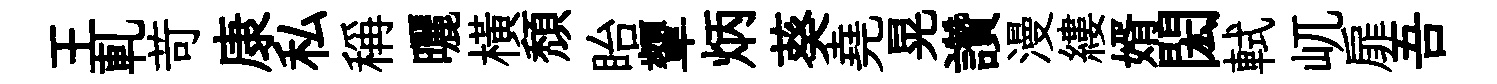
王軋苛康私稱曬橫頽眙顰炳葵堯晃讚漫縷婿閎軾屼扉吾